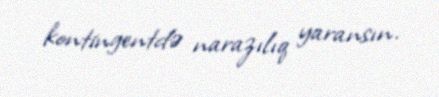
kontingentdə narazılıq yaransın.